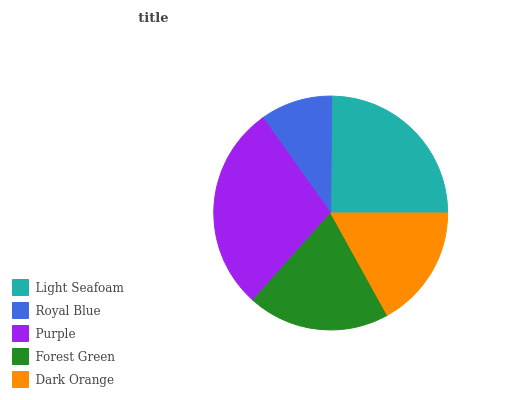
| Light Seafoam | Royal Blue | Purple | Forest Green | Dark Orange |
 | --- | --- | --- | --- | --- |
 | 24.9% | 9.97% | 28.5% | 19.6% | 17% |